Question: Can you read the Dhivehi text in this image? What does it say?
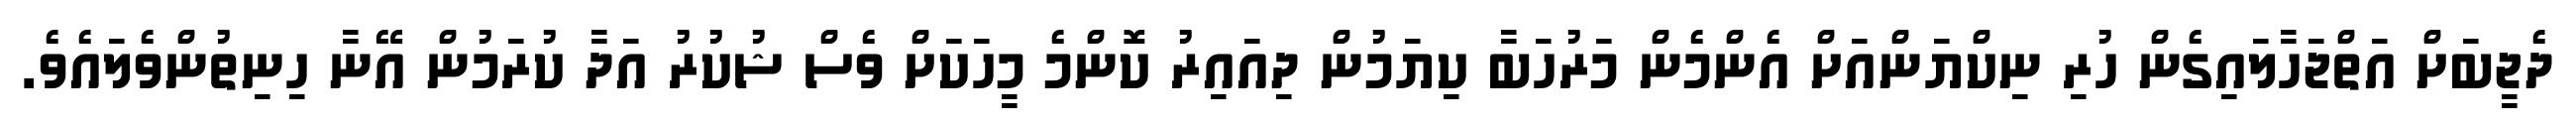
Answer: ދެޖީބަށް އަތްޖަހާލައިގެން ހުރި ނިކްޔަންއަށް އެންމެން މަރުހަބާ ކިޔަމުން ދިއައިރު ކޮންމެ މީހަކަށް ވެސް ޝުކުރު އަދާ ކުރަމުން އޭނާ ހިނިތުންވެލައެވެ.